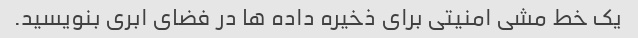
یک خط مشی امنیتی برای ذخیره داده ها در فضای ابری بنویسید.